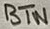
Text: BTN